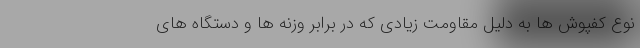
نوع کفپوش ها به دلیل مقاومت زیادی که در برابر وزنه ها و دستگاه های